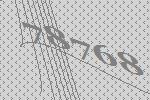
78768